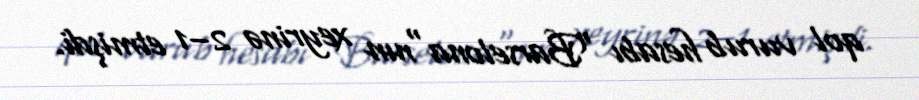
qol vurub hesabı "Barselona"nın xeyrinə 2–1 etmişdi.